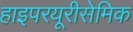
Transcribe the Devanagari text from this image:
हाइपरयूरीसेमिक